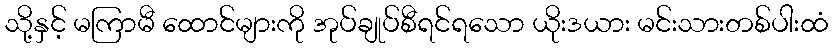
သို့နှင့် မကြာမီ ထောင်များကို အုပ်ချုပ်စီရင်ရသော ယိုးဒယား မင်းသားတစ်ပါးထံ